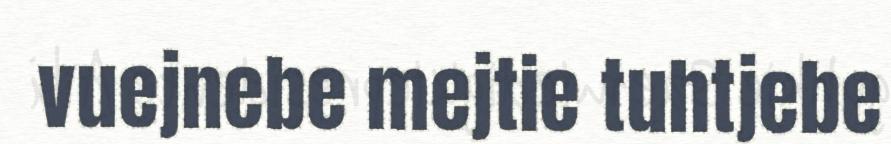
vuejnebe mejtie tuhtjebe